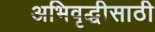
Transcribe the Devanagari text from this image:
अभिवृद्धीसाठी